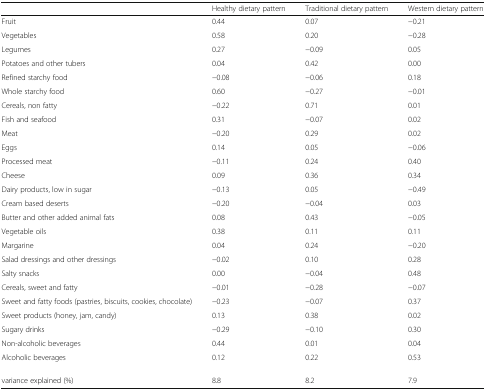
<table><thead><tr><td></td><td><b>Healthy dietary pattern</b></td><td><b>Traditional dietary pattern</b></td><td><b>Western dietary pattern</b></td></tr></thead><tbody><tr><td>Fruit</td><td>0.44</td><td>0.07</td><td>−0.21</td></tr><tr><td>Vegetables</td><td>0.58</td><td>0.20</td><td>−0.28</td></tr><tr><td>Legumes</td><td>0.27</td><td>−0.09</td><td>0.05</td></tr><tr><td>Potatoes and other tubers</td><td>0.04</td><td>0.42</td><td>0.00</td></tr><tr><td>Refined starchy food</td><td>−0.08</td><td>−0.06</td><td>0.18</td></tr><tr><td>Whole starchy food</td><td>0.60</td><td>−0.27</td><td>−0.01</td></tr><tr><td>Cereals, non fatty</td><td>−0.22</td><td>0.71</td><td>0.01</td></tr><tr><td>Fish and seafood</td><td>0.31</td><td>−0.07</td><td>0.02</td></tr><tr><td>Meat</td><td>−0.20</td><td>0.29</td><td>0.02</td></tr><tr><td>Eggs</td><td>0.14</td><td>0.05</td><td>−0.06</td></tr><tr><td>Processed meat</td><td>−0.11</td><td>0.24</td><td>0.40</td></tr><tr><td>Cheese</td><td>0.09</td><td>0.36</td><td>0.34</td></tr><tr><td>Dairy products, low in sugar</td><td>−0.13</td><td>0.05</td><td>−0.49</td></tr><tr><td>Cream based deserts</td><td>−0.20</td><td>−0.04</td><td>0.03</td></tr><tr><td>Butter and other added animal fats</td><td>0.08</td><td>0.43</td><td>−0.05</td></tr><tr><td>Vegetable oils</td><td>0.38</td><td>0.11</td><td>0.11</td></tr><tr><td>Margarine</td><td>0.04</td><td>0.24</td><td>−0.20</td></tr><tr><td>Salad dressings and other dressings</td><td>−0.02</td><td>0.10</td><td>0.28</td></tr><tr><td>Salty snacks</td><td>0.00</td><td>−0.04</td><td>0.48</td></tr><tr><td>Cereals, sweet and fatty</td><td>−0.01</td><td>−0.28</td><td>−0.07</td></tr><tr><td>Sweet and fatty foods (pastries, biscuits, cookies, chocolate)</td><td>−0.23</td><td>−0.07</td><td>0.37</td></tr><tr><td>Sweet products (honey, jam, candy)</td><td>0.13</td><td>0.38</td><td>0.02</td></tr><tr><td>Sugary drinks</td><td>−0.29</td><td>−0.10</td><td>0.30</td></tr><tr><td>Non-alcoholic beverages</td><td>0.44</td><td>0.01</td><td>0.04</td></tr><tr><td>Alcoholic beverages</td><td>0.12</td><td>0.22</td><td>0.53</td></tr><tr><td>variance explained (%)</td><td>8.8</td><td>8.2</td><td>7.9</td></tr></tbody></table>